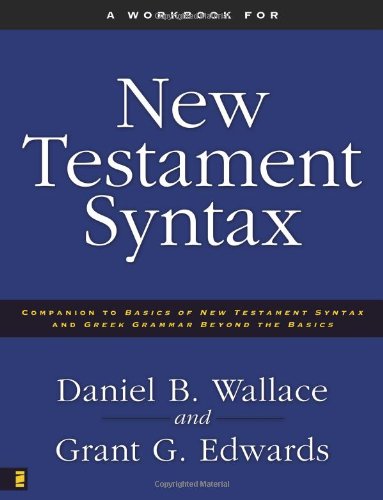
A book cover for A Workbook for New Testament Syntax: Companion to Basics of New Testament Syntax and Greek Grammar Beyond the Basics; Daniel B. Wallace; Christian Books & Bibles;